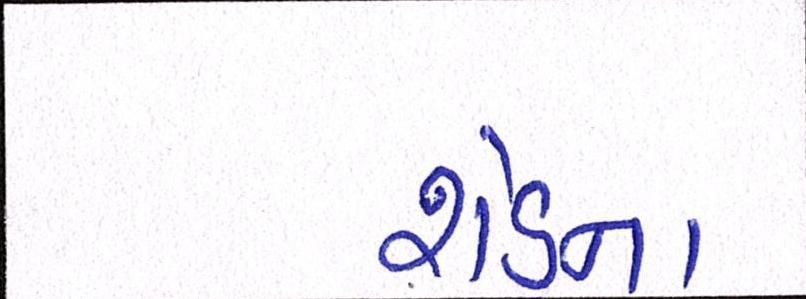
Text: શેડના